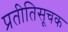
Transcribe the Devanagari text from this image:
प्रतीतिसूचक